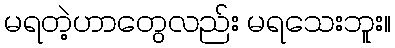
မရတဲ့ဟာတွေလည်း မရသေးဘူး။